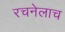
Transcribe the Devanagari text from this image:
रचनेलाच